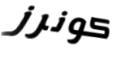
كونرز